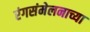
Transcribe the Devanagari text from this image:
रंगसंमेलनाच्या